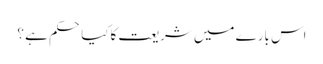
اس بارے میں شریعت کاکیا حکم ہے ؟